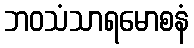
ဘဝသံသာရမောစနံ